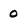
Character: 0